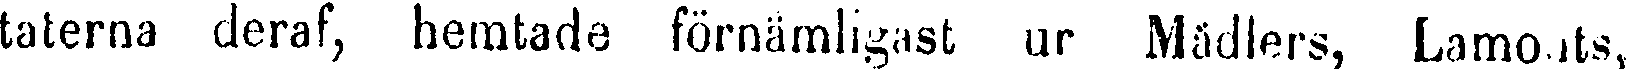
taterna deraf, hemtade förnämligast ur Mädlers, Lamonts,